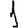
Digit: 1